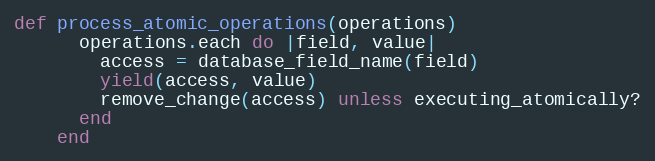
Language: Ruby
def process_atomic_operations(operations)
      operations.each do |field, value|
        access = database_field_name(field)
        yield(access, value)
        remove_change(access) unless executing_atomically?
      end
    end